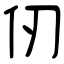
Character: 仞